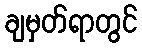
ချမှတ်ရာတွင်